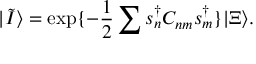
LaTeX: | \tilde { I } \rangle = \exp \{ - \frac 1 2 \sum s _ { n } ^ { \dag } C _ { n m } s _ { m } ^ { \dag } \} | \Xi \rangle .